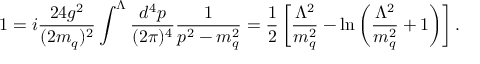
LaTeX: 1 = i { \frac { 2 4 g ^ { 2 } } { ( 2 m _ { q } ) ^ { 2 } } } \int ^ { \Lambda } { \frac { d ^ { 4 } p } { ( 2 \pi ) ^ { 4 } } } { \frac { 1 } { p ^ { 2 } - m _ { q } ^ { 2 } } } = { \frac { 1 } { 2 } } \left[ { \frac { \Lambda ^ { 2 } } { m _ { q } ^ { 2 } } } - \ln \left( { \frac { \Lambda ^ { 2 } } { m _ { q } ^ { 2 } } } + 1 \right) \right] .